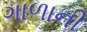
ગાળાની